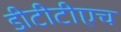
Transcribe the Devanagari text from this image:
डीटीटीएच